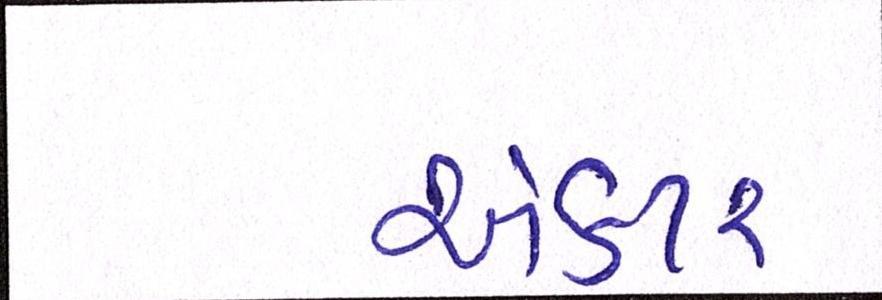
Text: ઍક્ટર